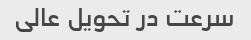
سرعت در تحویل عالی